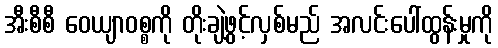
အီးစီစီ ဝေယျာဝစ္စကို တိုးချဲ့ဖွင့်လှစ်မည် အလင်းပေါ်ထွန်းမှုကို